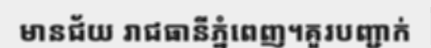
មានជ័យ រាជធានីភ្នំពេញ។គួរបញ្ជាក់